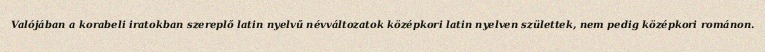
Valójában a korabeli iratokban szereplő latin nyelvű névváltozatok középkori latin nyelven születtek, nem pedig középkori románon.